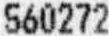
560272